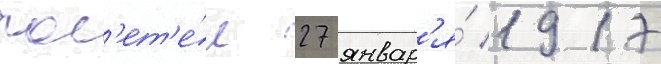
пол'ет'е́л 27 январ'я́ 1917